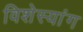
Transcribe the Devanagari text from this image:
विशेस्यांग